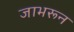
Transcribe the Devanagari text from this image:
जाभरून